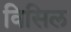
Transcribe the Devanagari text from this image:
विसिल